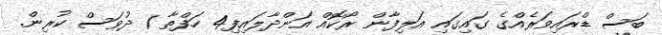
ބަސް ޑްރައިވަރެއްގެ ގައިގައި އަލިފާން ރޯކޮއް އަންދާލައިފި4 ހަފްތާ 1 ދުވަސް ކުރިން.